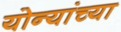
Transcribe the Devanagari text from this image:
योन्यांच्या